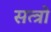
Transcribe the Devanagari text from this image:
सत्त्रो